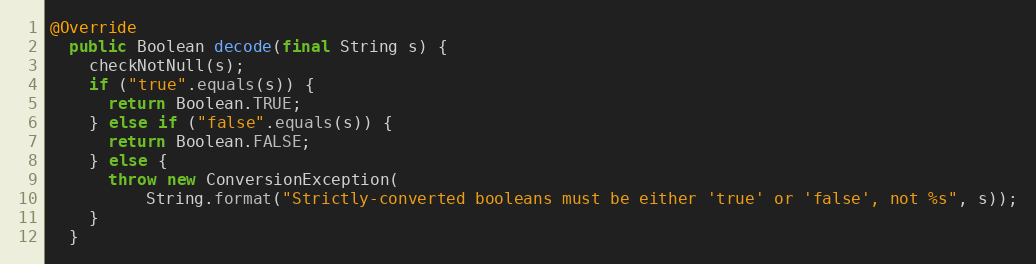
Language: Java
@Override
  public Boolean decode(final String s) {
    checkNotNull(s);
    if ("true".equals(s)) {
      return Boolean.TRUE;
    } else if ("false".equals(s)) {
      return Boolean.FALSE;
    } else {
      throw new ConversionException(
          String.format("Strictly-converted booleans must be either 'true' or 'false', not %s", s));
    }
  }